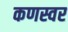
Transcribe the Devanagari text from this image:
कणस्वर